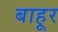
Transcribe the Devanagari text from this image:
बाहूर